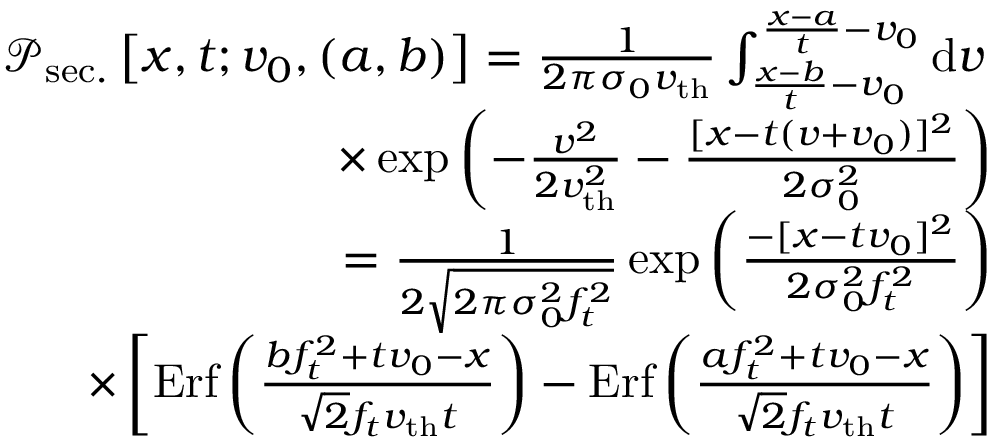
\begin{array} { r } { \mathcal { P } _ { \mathrm { s e c . } } \left[ x , t ; v _ { 0 } , ( a , b ) \right] = \frac { 1 } { 2 \pi \sigma _ { 0 } v _ { \mathrm { t h } } } \int _ { \frac { x - b } { t } - v _ { 0 } } ^ { \frac { x - a } { t } - v _ { 0 } } \mathrm { d } v \, } \\ { \qquad \times \exp \left( - \frac { v ^ { 2 } } { 2 v _ { \mathrm { t h } } ^ { 2 } } - \frac { [ x - t ( v + v _ { 0 } ) ] ^ { 2 } } { 2 \sigma _ { 0 } ^ { 2 } } \right) } \\ { = \frac { 1 } { 2 \sqrt { 2 \pi \sigma _ { 0 } ^ { 2 } f _ { t } ^ { 2 } } } \exp \left( \frac { - [ x - t v _ { 0 } ] ^ { 2 } } { 2 \sigma _ { 0 } ^ { 2 } f _ { t } ^ { 2 } } \right) } \\ { \qquad \times \left[ \mathrm { E r f } \left( \frac { b f _ { t } ^ { 2 } + t v _ { 0 } - x } { \sqrt { 2 } f _ { t } v _ { \mathrm { t h } } t } \right) - \mathrm { E r f } \left( \frac { a f _ { t } ^ { 2 } + t v _ { 0 } - x } { \sqrt { 2 } f _ { t } v _ { \mathrm { t h } } t } \right) \right] } \end{array}